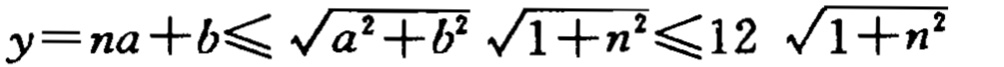
\(y=na + b\leqslant\sqrt{a^{2}+b^{2}}\sqrt{1 + n^{2}}\leqslant12\sqrt{1 + n^{2}}\)